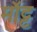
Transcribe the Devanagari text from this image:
मॉट्ट